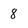
Character: 8